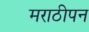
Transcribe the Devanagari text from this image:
मराठीपन